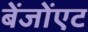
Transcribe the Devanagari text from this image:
बेंजोंएट